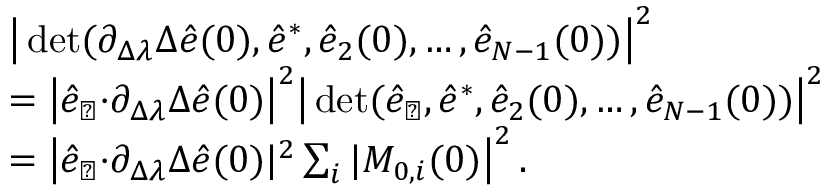
\begin{array} { r l } & { { \big \vert \operatorname* { d e t } ( \partial _ { \Delta \lambda } \Delta \hat { e } ( 0 ) , \hat { e } ^ { * } , \hat { e } _ { 2 } ( 0 ) , \dots , \hat { e } _ { N - 1 } ( 0 ) ) \big \vert ^ { 2 } } } \\ & { = { \big \vert \hat { e } _ { \perp } { \cdot } \partial _ { \Delta \lambda } \Delta \hat { e } ( 0 ) \big \vert ^ { 2 } \big \vert \operatorname* { d e t } ( \hat { e } _ { \perp } , \hat { e } ^ { * } , \hat { e } _ { 2 } ( 0 ) , \dots , \hat { e } _ { N - 1 } ( 0 ) ) \big \vert ^ { 2 } } } \\ & { = { \big \vert \hat { e } _ { \perp } { \cdot } \partial _ { \Delta \lambda } \Delta \hat { e } ( 0 ) \vert ^ { 2 } \sum _ { i } \vert M _ { 0 , i } ( 0 ) \big \vert ^ { 2 } } \, . } \end{array}